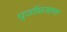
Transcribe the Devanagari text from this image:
पूर्वीप्रमाण